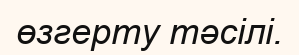
өзгерту тәсілі.